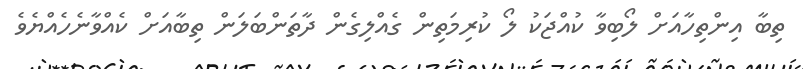
ތިބާ އިންތިހާއަށް ލޯބިވާ ކުއްޖަކު ލޯ ކުރިމަތިން ގެއްލިގެން ދާތަންބަލަން ތިބާއަށް ކެއްވާނެހެއްޔެވެ